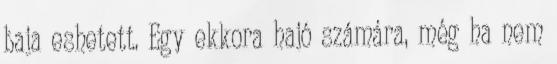
baja eshetett. Egy ekkora hajó számára, még ha nem